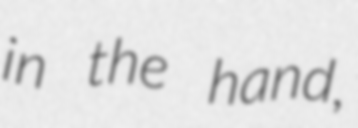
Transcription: in the hand,